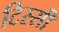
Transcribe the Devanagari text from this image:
टिस्सी